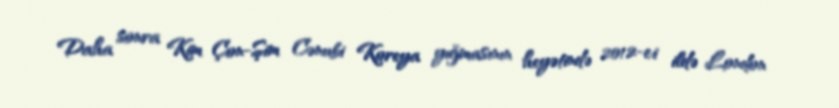
Daha sonra Kim Çon-Şim Cənubi Koreya yığmasının heyətində 2012-ci ildə London